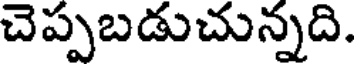
చెప్పబడుచున్నది.